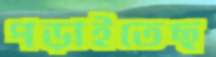
পড়াইতেছ